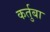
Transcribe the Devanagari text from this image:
कर्तुबा